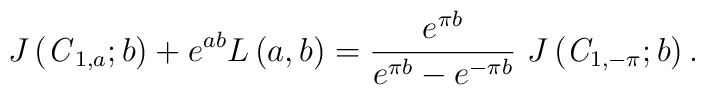
J\left( {\it C}_{1,a};b\right) +e^{ab}L\left( a,b\right) =\frac{e^{\pi b}}{e^{\pi b}-e^{-\pi b}}\ J\left( {\it C}_{1,-\pi };b\right) .